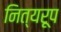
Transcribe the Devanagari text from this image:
नित्यरूप